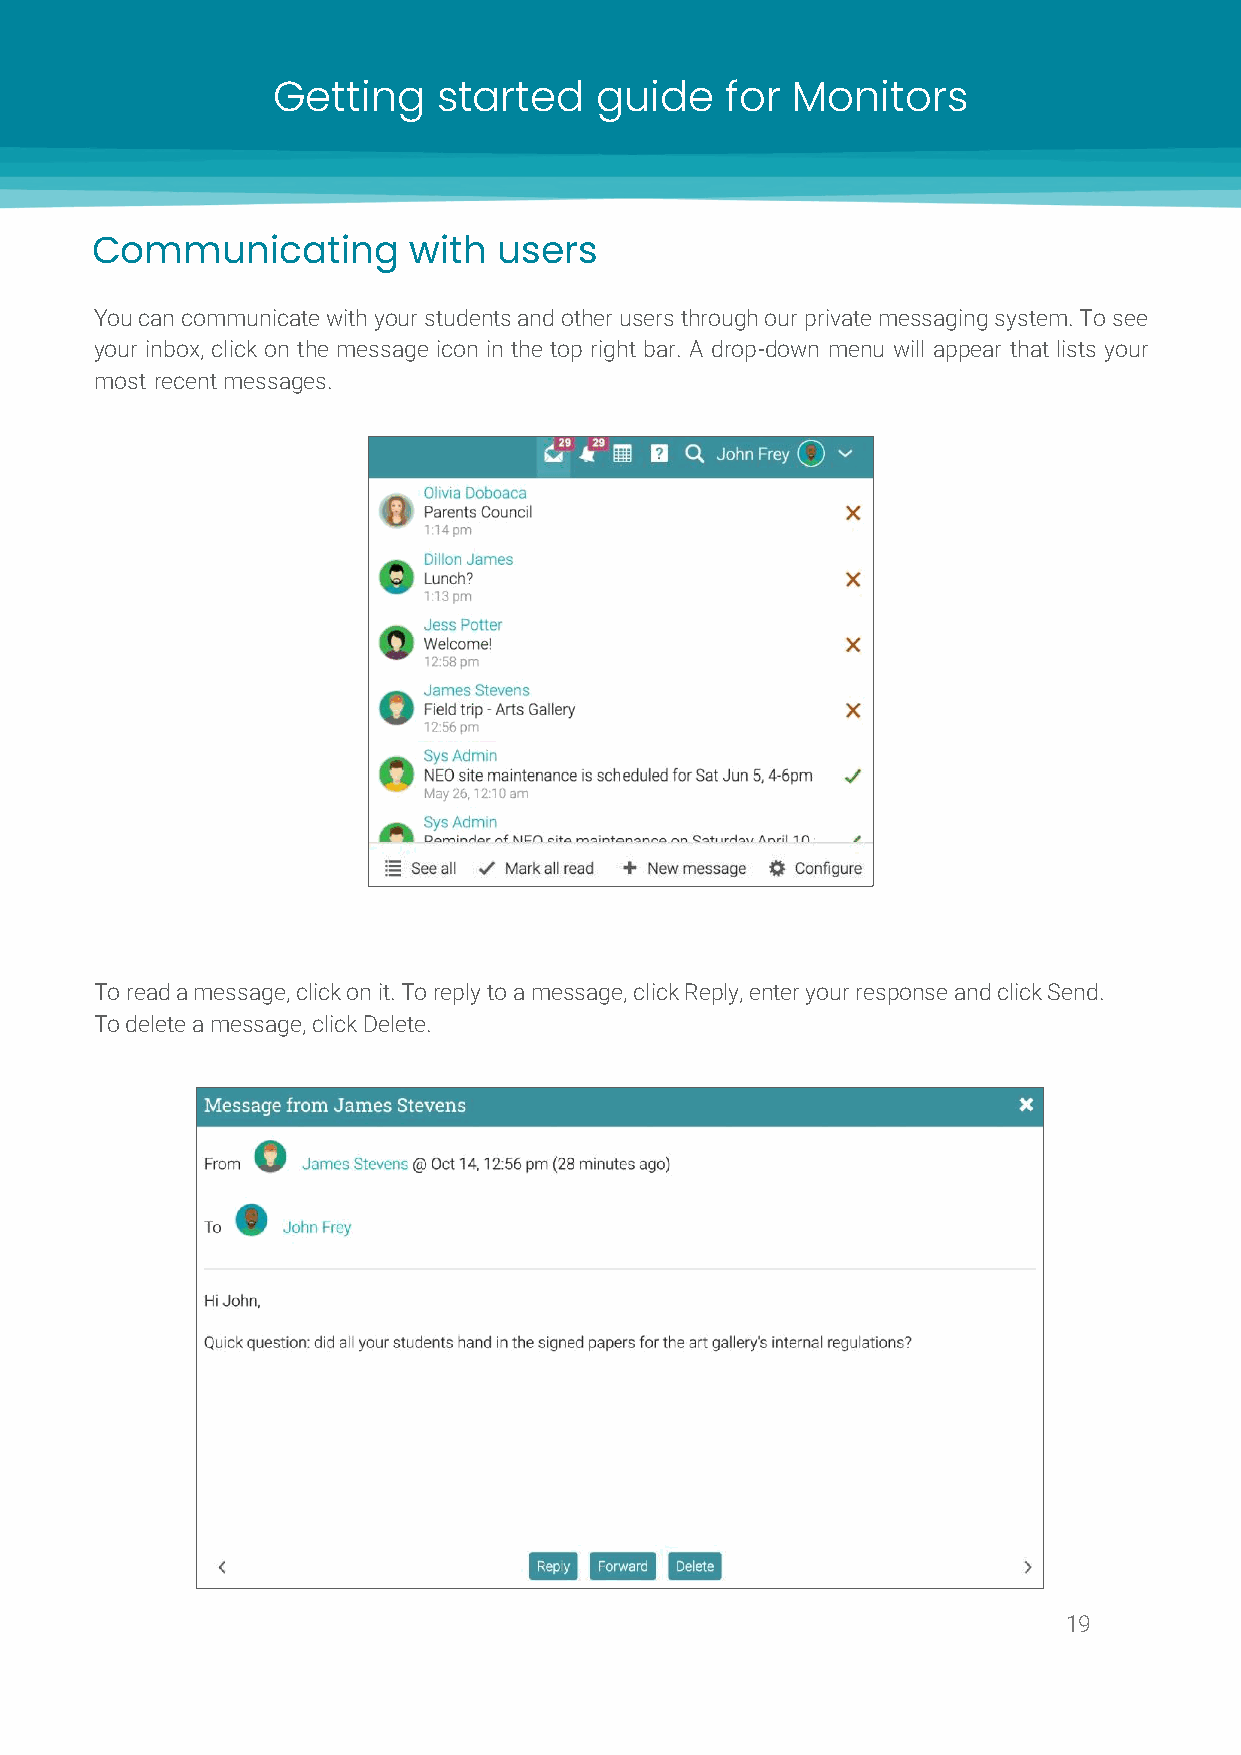
Getting    started   guide    for Monitors
 Communicating        with  users
 You can communicate with your students and other users through our private messaging system. To see
 your inbox, click on the message icon in the top right bar. A drop-down menu will appear that lists your
 most recent messages.
 To read a message, click on it. To reply to a message, click Reply, enter your response and click Send.
 To delete a message, click Delete.
 19